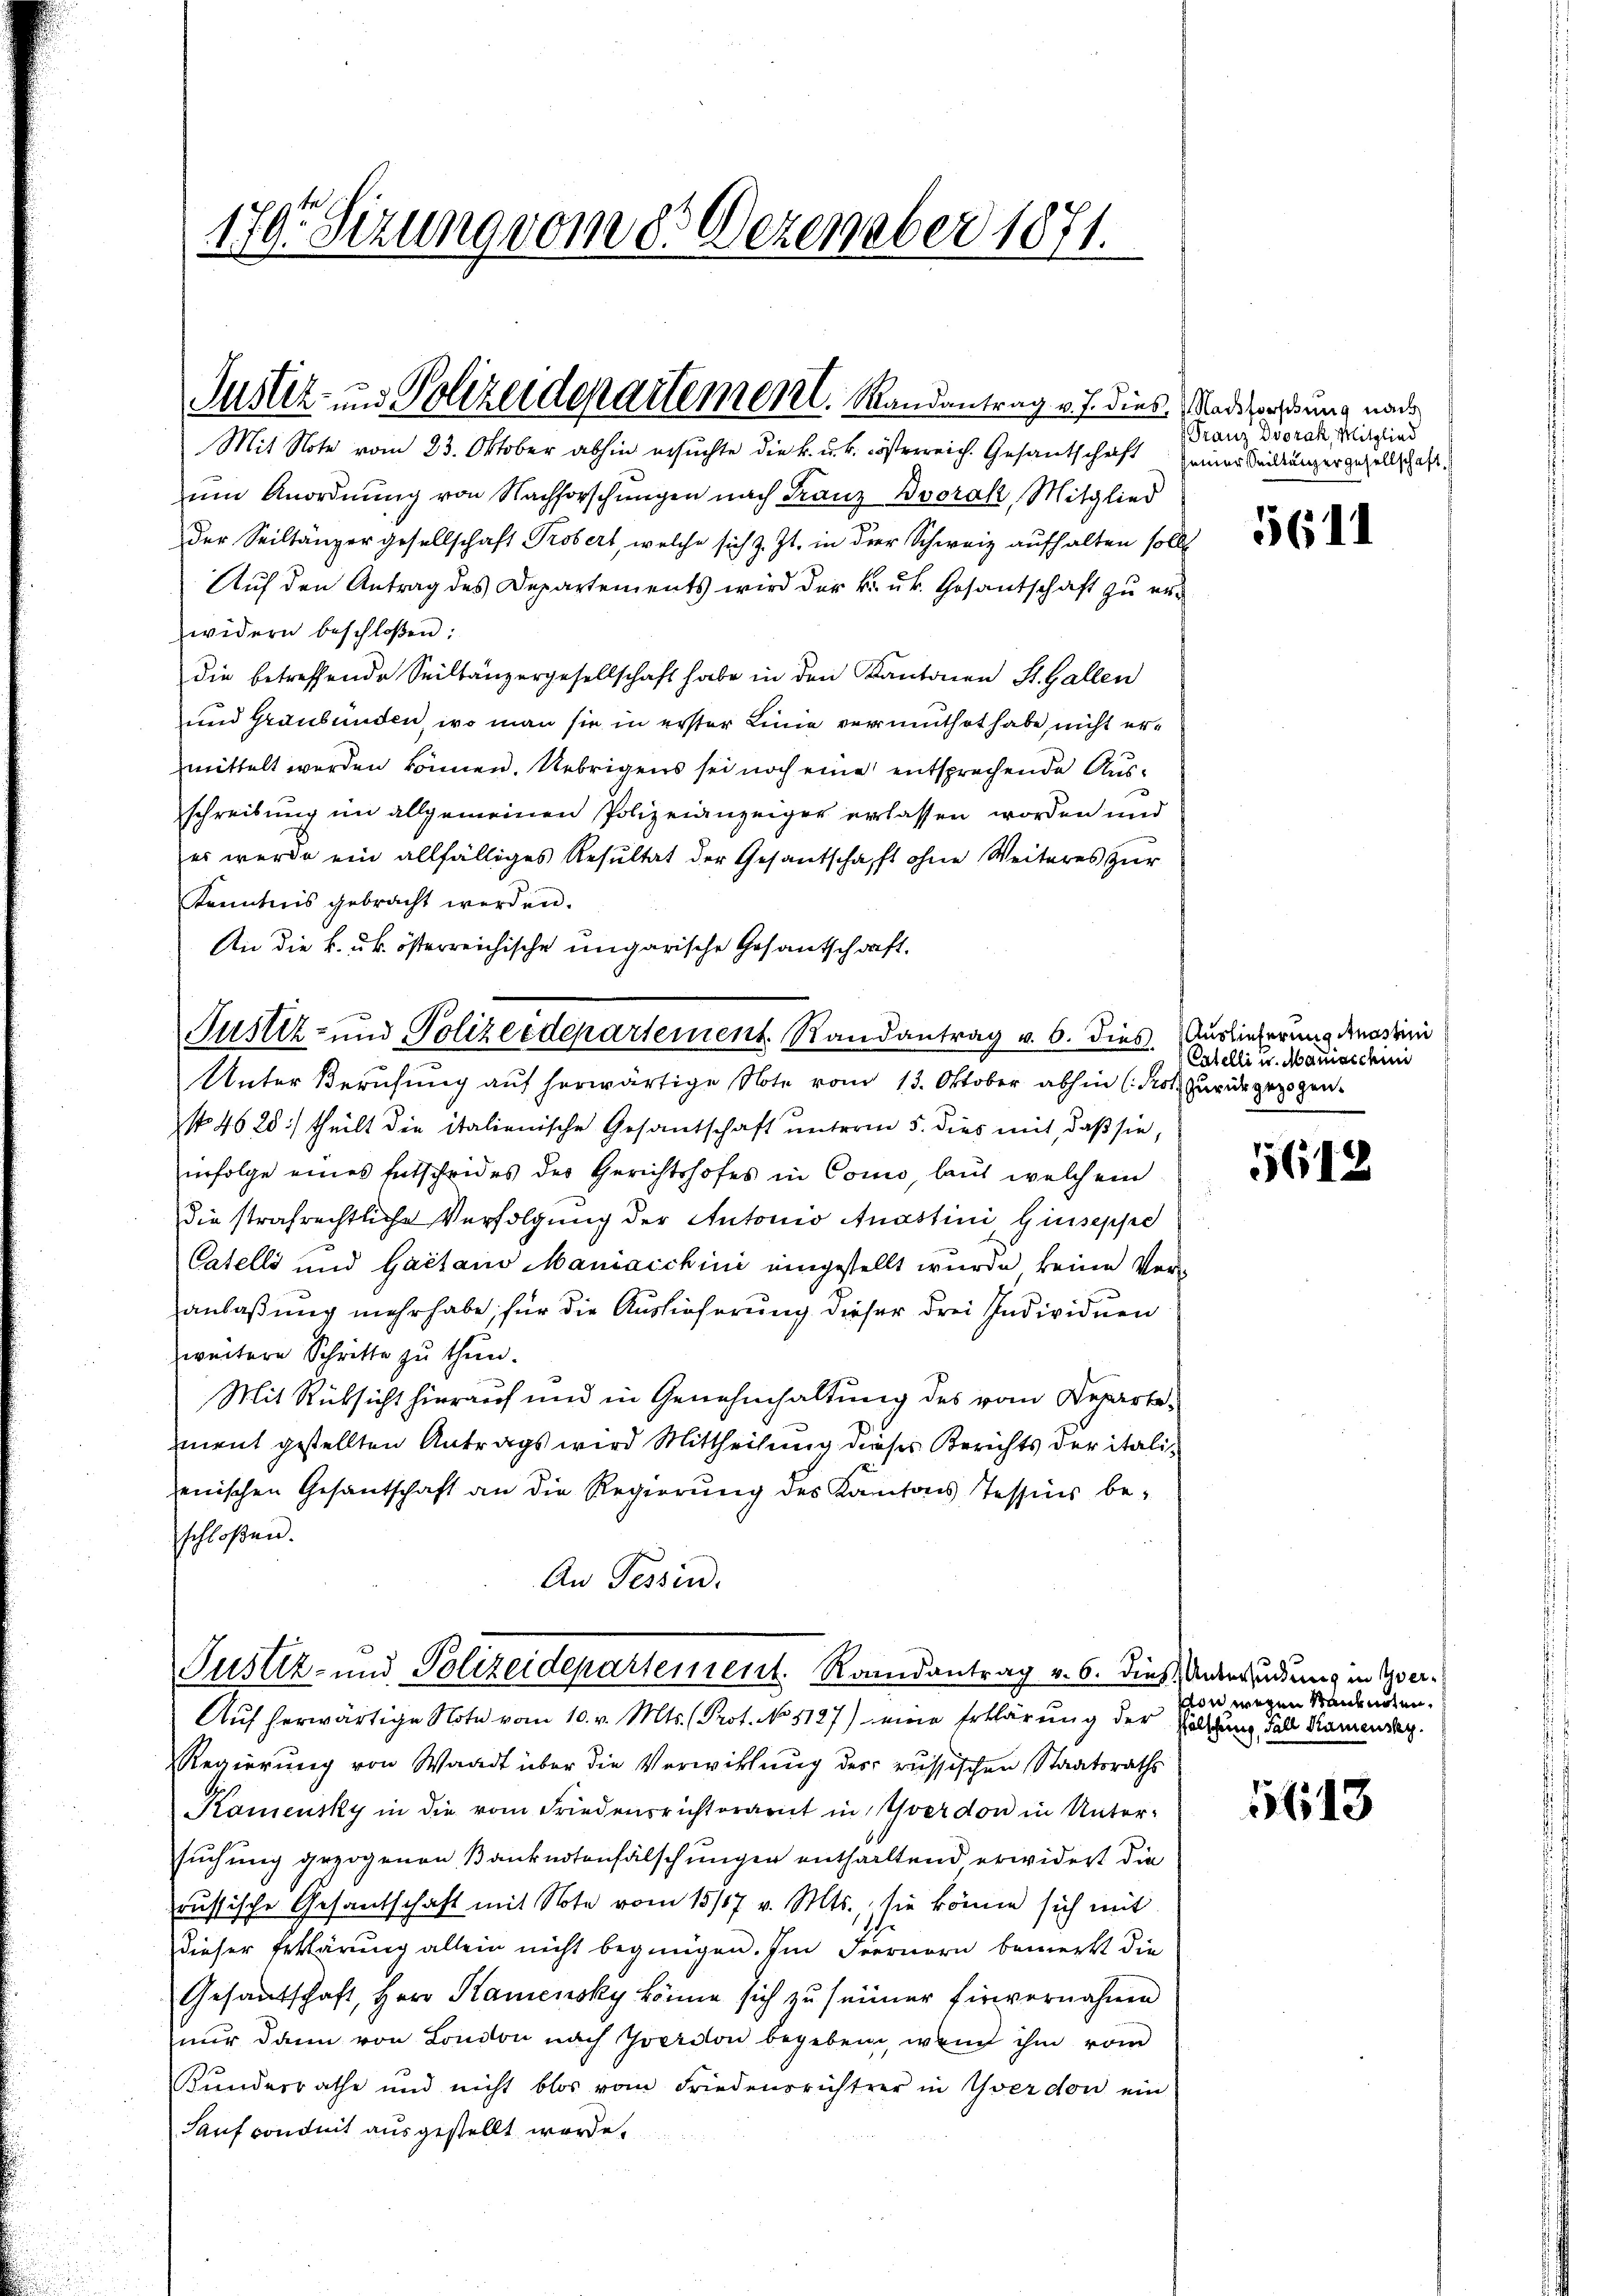
170. Sizung vom 8. Dezember 1871.

ŭm Anordnŭng von Nachforschŭngen nach Franz Boorak, Mitglied
Der Seiltänzer gesellschaft Probert, welche sich z. Zt. in der Schweiz aufhalten sollt
Auf den Antrag des Departements wird der k. k. Gesantschaft zu erwidern beschloßen:
die betreffende Seiltänzergesellschaft habe in den Kantonen St. Gallen
und Graubünden, wo man sie in erster Linie vermuthet habe nicht ermittelt werden können. Uebrigens sei noch eine entsprechende Ausschreibung im allgemeinen Polizeianzeiger erlassen worden und
es werde ein allfälliges Resultat der Gesantschaft ohne Weiteres zur
Kenntnis gebracht werden.
An die k. k. österreichische ungarische Gesantschaft.
Justiz- und Polizeidepartement. Randantrag v. 6. dies
Unter Berufung auf herwärtige Note vom 13. Oktober abhin (Protz zurückgezogen.
NNo. 46 28) theilt die italienische Gesantschaft unterm 5. dies mit, daß sie,
erfolge eines Entscheides des Gerichtshofes in Como, laut welchem
die strafrechtliche Verfolgung der Antonio Anastini, Giuseppe
Catelli und Gaetano Maniaichini eingestellt wurde, keine Veranlaßung mehr habe; für die Auslieferung dieser drei Individuen
weitere Schritte zu thun.
Mit Rücksicht hierauf und in Genehmhaltung des vom Departement gestellten Antrags wird Mittheilung dieses Berichts der itali-
enischen Gesantschaft an die Regierŭng des Kantons Tessins be-
schloßen.

Justiz- und Polizeidepartement. Randantrag v. J. dies Nachachtung nach
Mit Note vom 23. Oktober abhin ersuchte die k. u. k. österreich. Gesandtschrift

Justiz- und Polizeidepartement. Randantrag v. 6. dies Andersendung in Yver¬

Auf herwärtige Note vom 10. v. Mts. (Prot. No 5127) eine Erklärung der Zolldung Fall Nameng
Regierung von Waadt über die Verwittung des russischen Staatsraths
Kamensky in die vom Friedensrichterart in Yverdon in Unter-
suchung gezogenen Banknotenfälschungen enthaltend erwidert die
russische Gesantschaft mit Note vom 15/17 v. Mts., sie könne sich mit
dieser Erklärung allein nicht begnügen. Im Fernern bemerkt die
Gesandtschaft, Herr Kamensky könne sich zu seiner Einvernahmen
nur dann von London nach Zverdon begeben, wenn ihm vom
Kundesrathe und nicht blos vom Friedensrichter in Yverdon ein
Sauf conduit ausgestellt werde.

Franz Dvořak, Mitglied
seiner Seiltung ergesellschaft.

5611

Auslieferung Anastini
Catelli u. Maniacchini

5612

von wegen Seidenten.

5613